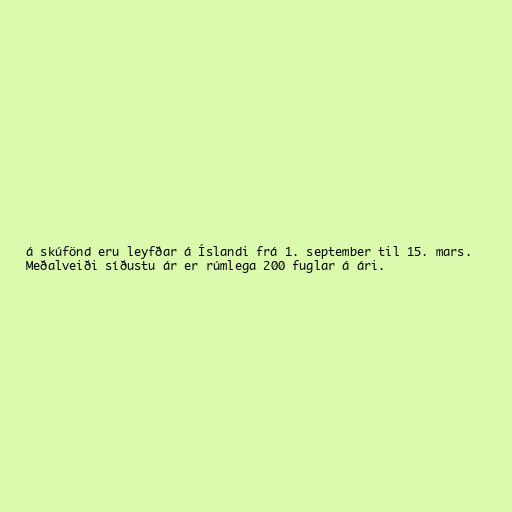
á skúfönd eru leyfðar á Íslandi frá 1. september til 15. mars.
Meðalveiði síðustu ár er rúmlega 200 fuglar á ári.